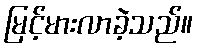
မြင့်မားလာခဲ့သည်။